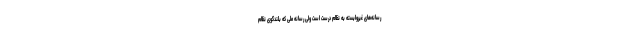
رسانه‌های غیروابسته به نظام درست است ولی رسانه ملی که بلندگوی نظام